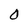
Character: O